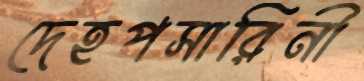
দেহপসারিনী